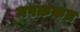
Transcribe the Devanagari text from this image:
मषक़क़त